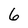
Character: 6